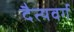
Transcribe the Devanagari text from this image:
दैत्यवर्ग